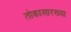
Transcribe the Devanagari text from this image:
तोकासारख्या